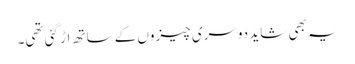
یہ بھی شاید دوسری چیزوں کے ساتھ اڑ گئی تھی۔